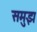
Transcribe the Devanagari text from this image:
समुझ